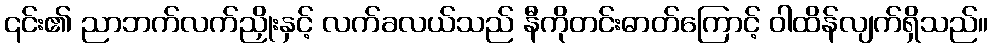
၎င်း၏ ညာဘက်လက်ညှိုးနှင့် လက်ခလယ်သည် နီကိုတင်းဓာတ်ကြောင့် ဝါထိန်လျက်ရှိသည်။